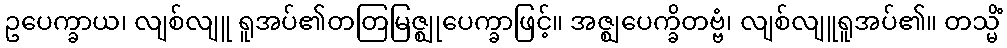
ဥပေက္ခာယ၊ လျစ်လျူ ရူအပ်၏တတြမြဇ္ဈုပေက္ခာဖြင့်။ အဇ္ဈပေက္ခိတဗ္ဗံ၊ လျစ်လျူရူအပ်၏။ တသ္မိံ